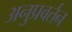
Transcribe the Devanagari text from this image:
अनुप्रवर्तन